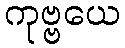
ကုဗ္ဗယေ